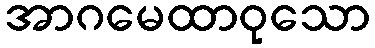
အာဂမေထာဝုသော